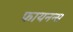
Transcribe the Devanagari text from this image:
फायनन्स